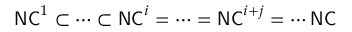
{ \mathsf { N C } } ^ { 1 } \subset \cdots \subset { \mathsf { N C } } ^ { i } = \cdots = { \mathsf { N C } } ^ { i + j } = \cdots { \mathsf { N C } }